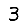
Digit: 3